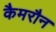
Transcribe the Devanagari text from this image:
कैमरौन